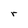
Character: r